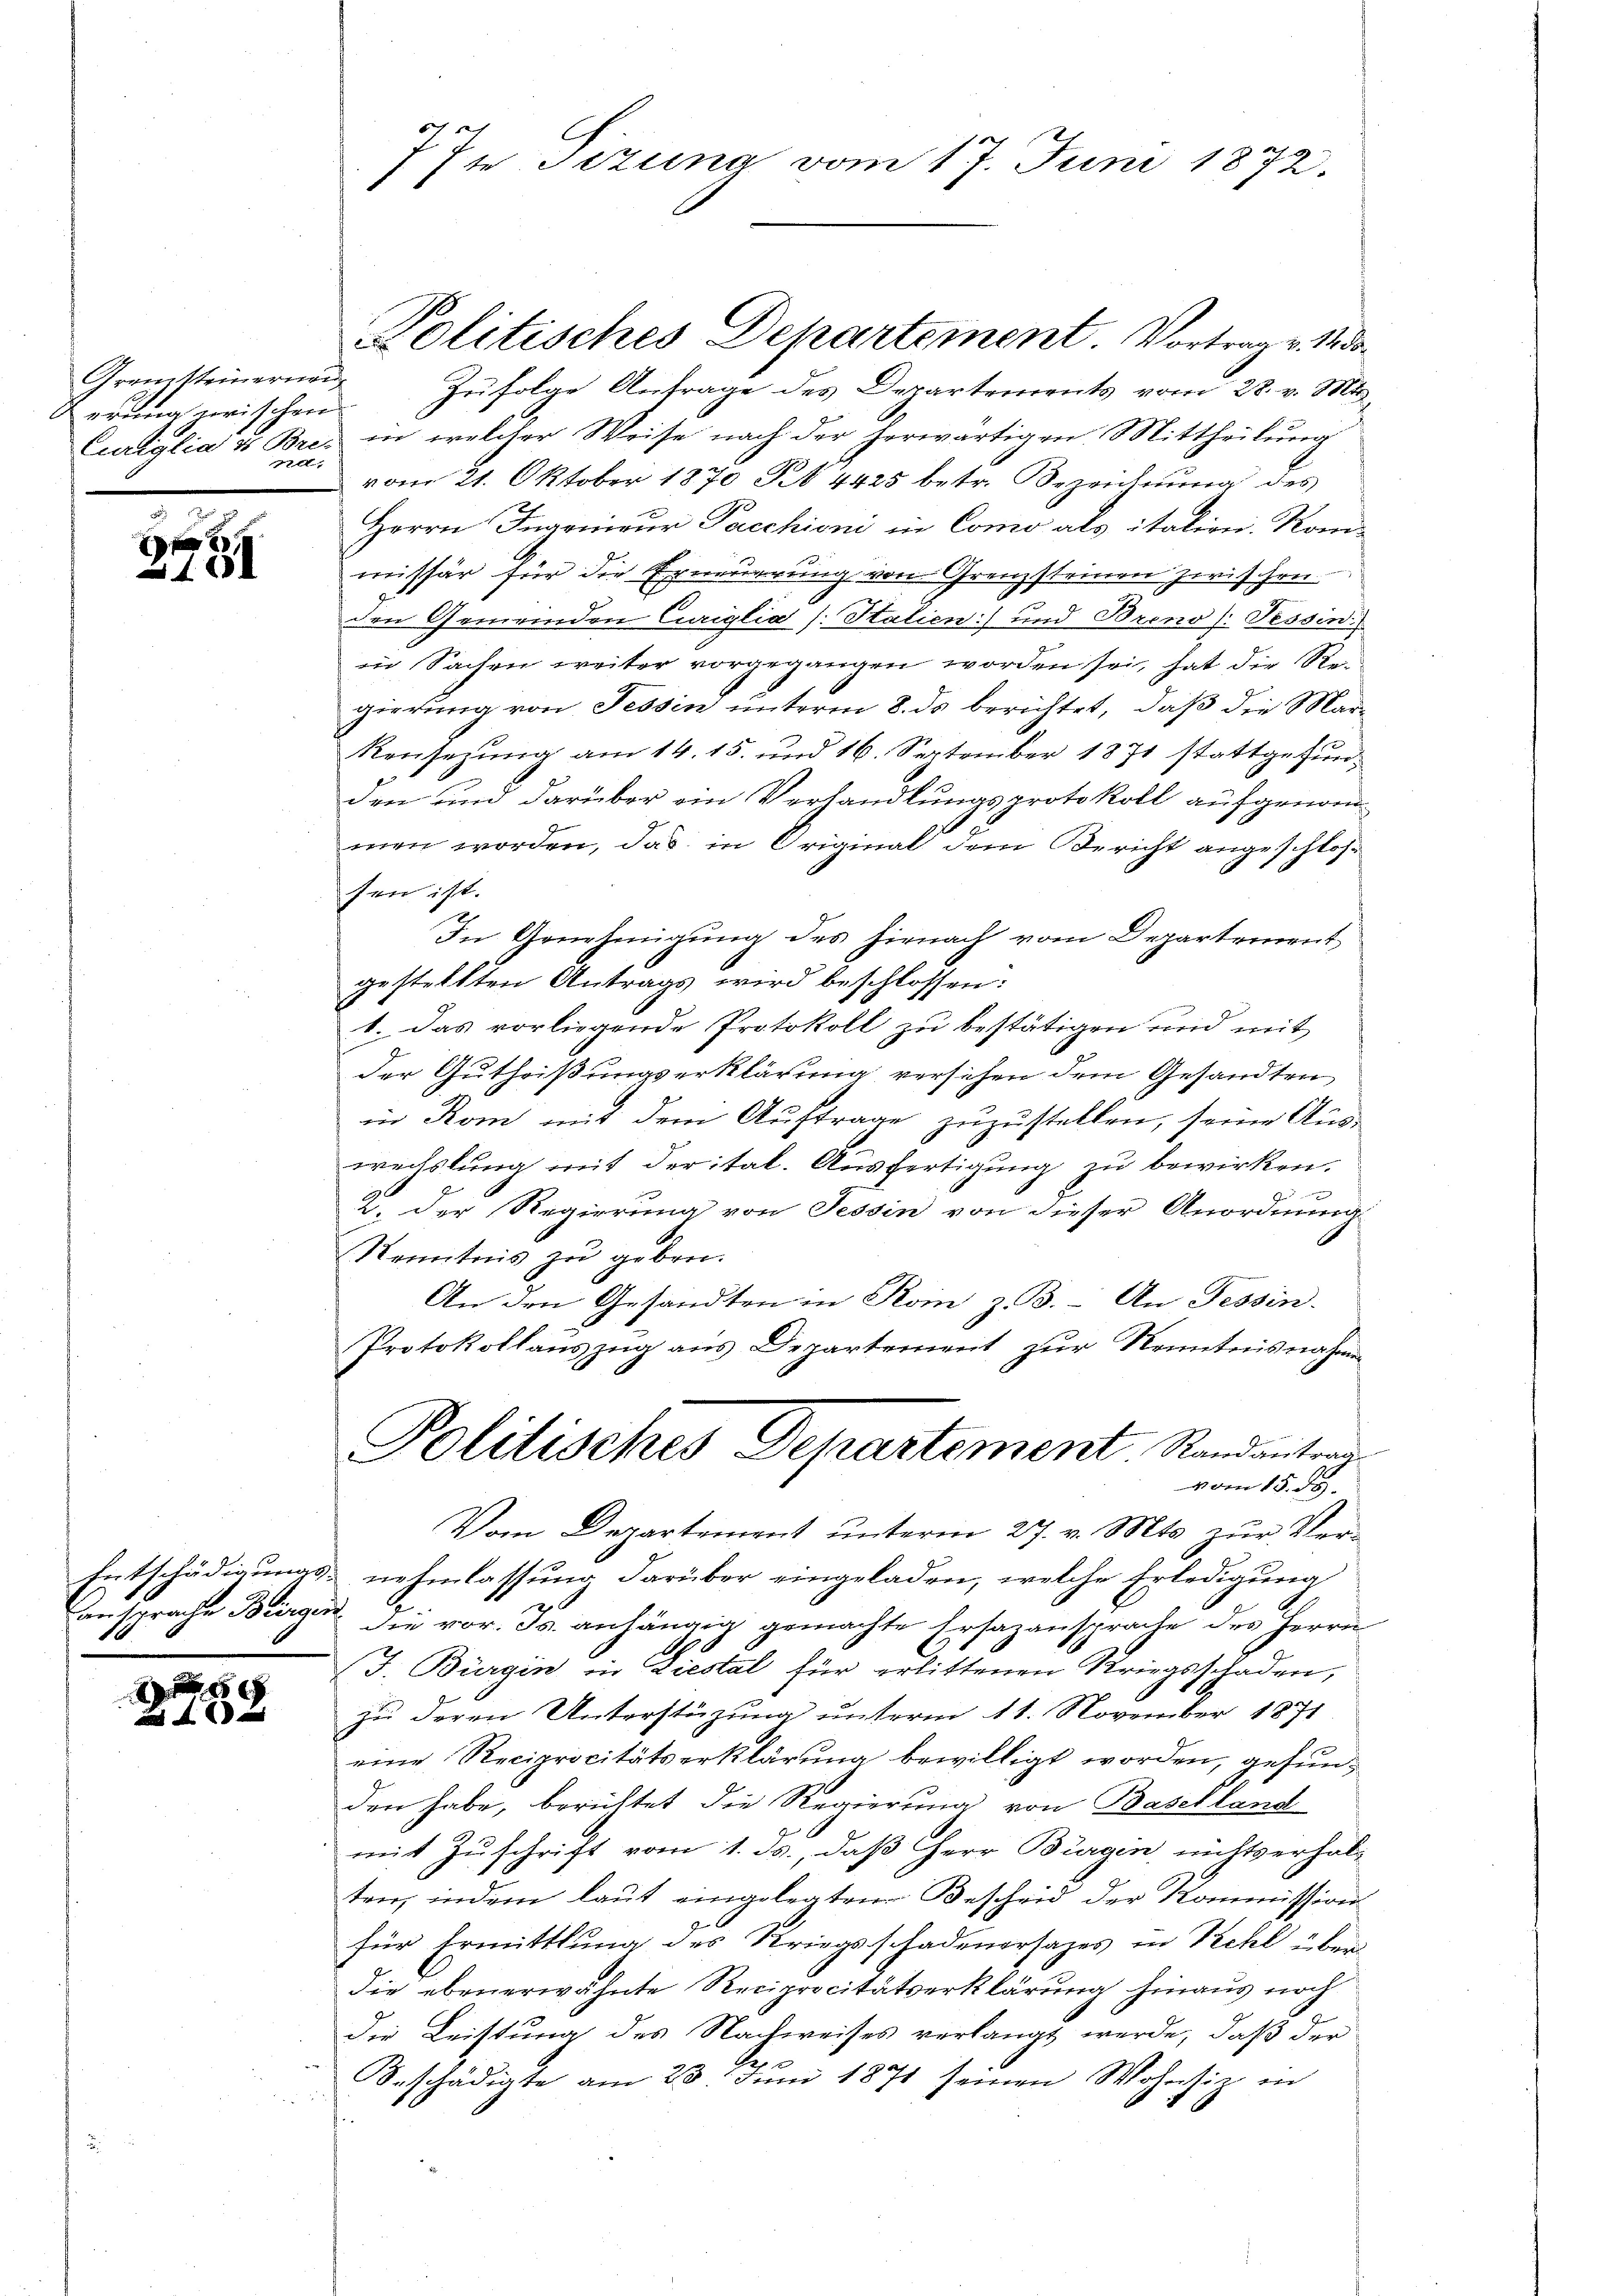
Gremsteinerneu
erung zwischen
 xx

E
191

8
A

2
It Setung vom 17. Juni 1872.
1.

Zufolge Antrage des Departements vom 28. v. Mts.
Curiglia u Bres in welcher Weise nach der herwärtigen Mittheilung
vom 21. Oktober 1870 § 4425 betr. Bezeichnung des
Herrn Ingenieur Pacchioni in Como als italien. Konmissär für die Erneuerung von Grenzsteinen zwischen
den Gemeinden Curiglia (: Stalien) und Breno ). Tessin
in Sachen weiter vorgegangen worden sei, hat die Regierung von Tessin unterm 8. ds berichtet, daß die Mar¬
Rensezung am 14. 15. und 16. September 1871 stattgefunden und darüber ein Verhandlungsprotokoll aufgenommen worden, das in Original dem Bericht angeschlossen ist.
In Genehmigung des hienach vom Departement,
gestellten Antrags wird beschlossen:
1. Das vorliegende Protokoll zu bestätigen und mit
der Gutheißungserklärung versehen dem Gesandten
in Rom mit dem Auftrage zuzustellen, seine Aus-
wechslung mit der ital. Ausfertigung zu bewirken.
2. Der Regierung von Tessin von dieser Anordnung
Kenntnis zu geben.
An den Gesandten in Rom z. B. An Tessin-
Protokollauszug aus Departement zur Kenntnisnahme
Politisches Departement Randantrag
vom 15. d.
Vom Departement unterm 27. v. Mts. zur Ver¬
Entschädigungs- nehmlassung darüber eingeladen, welche Erledigung
Cansprache Bürger die vor. Js. anhängig gemachte Ersazansprache des Herrn
J. Bürgin in Liestal für erlittenen Kriegsschaden,
zu deren Unterstüzung unterm 11. November 1871
u
eine Reciprocitätserklärung bewilligt worden, gefunden habe, berichtet die Regierŭng von Baselland
mit Zuschrift vom 1. ds., daß Herr Bürgin nichts erhalten, indem laut eingelegten Bescheid der Kommission
für Ermittlung des Kriegsschadenersages in Pichl über
die ebenerwähnte Reciprocitätserklärung hinaus noch
die Leistung des Nachweises verlangt werde, daß der
Beschädigte am 23. Juni 1871 seinen Wohnsiz in

Politisches Departement. Vortrag v. M. da